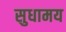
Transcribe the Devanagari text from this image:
सुधामय